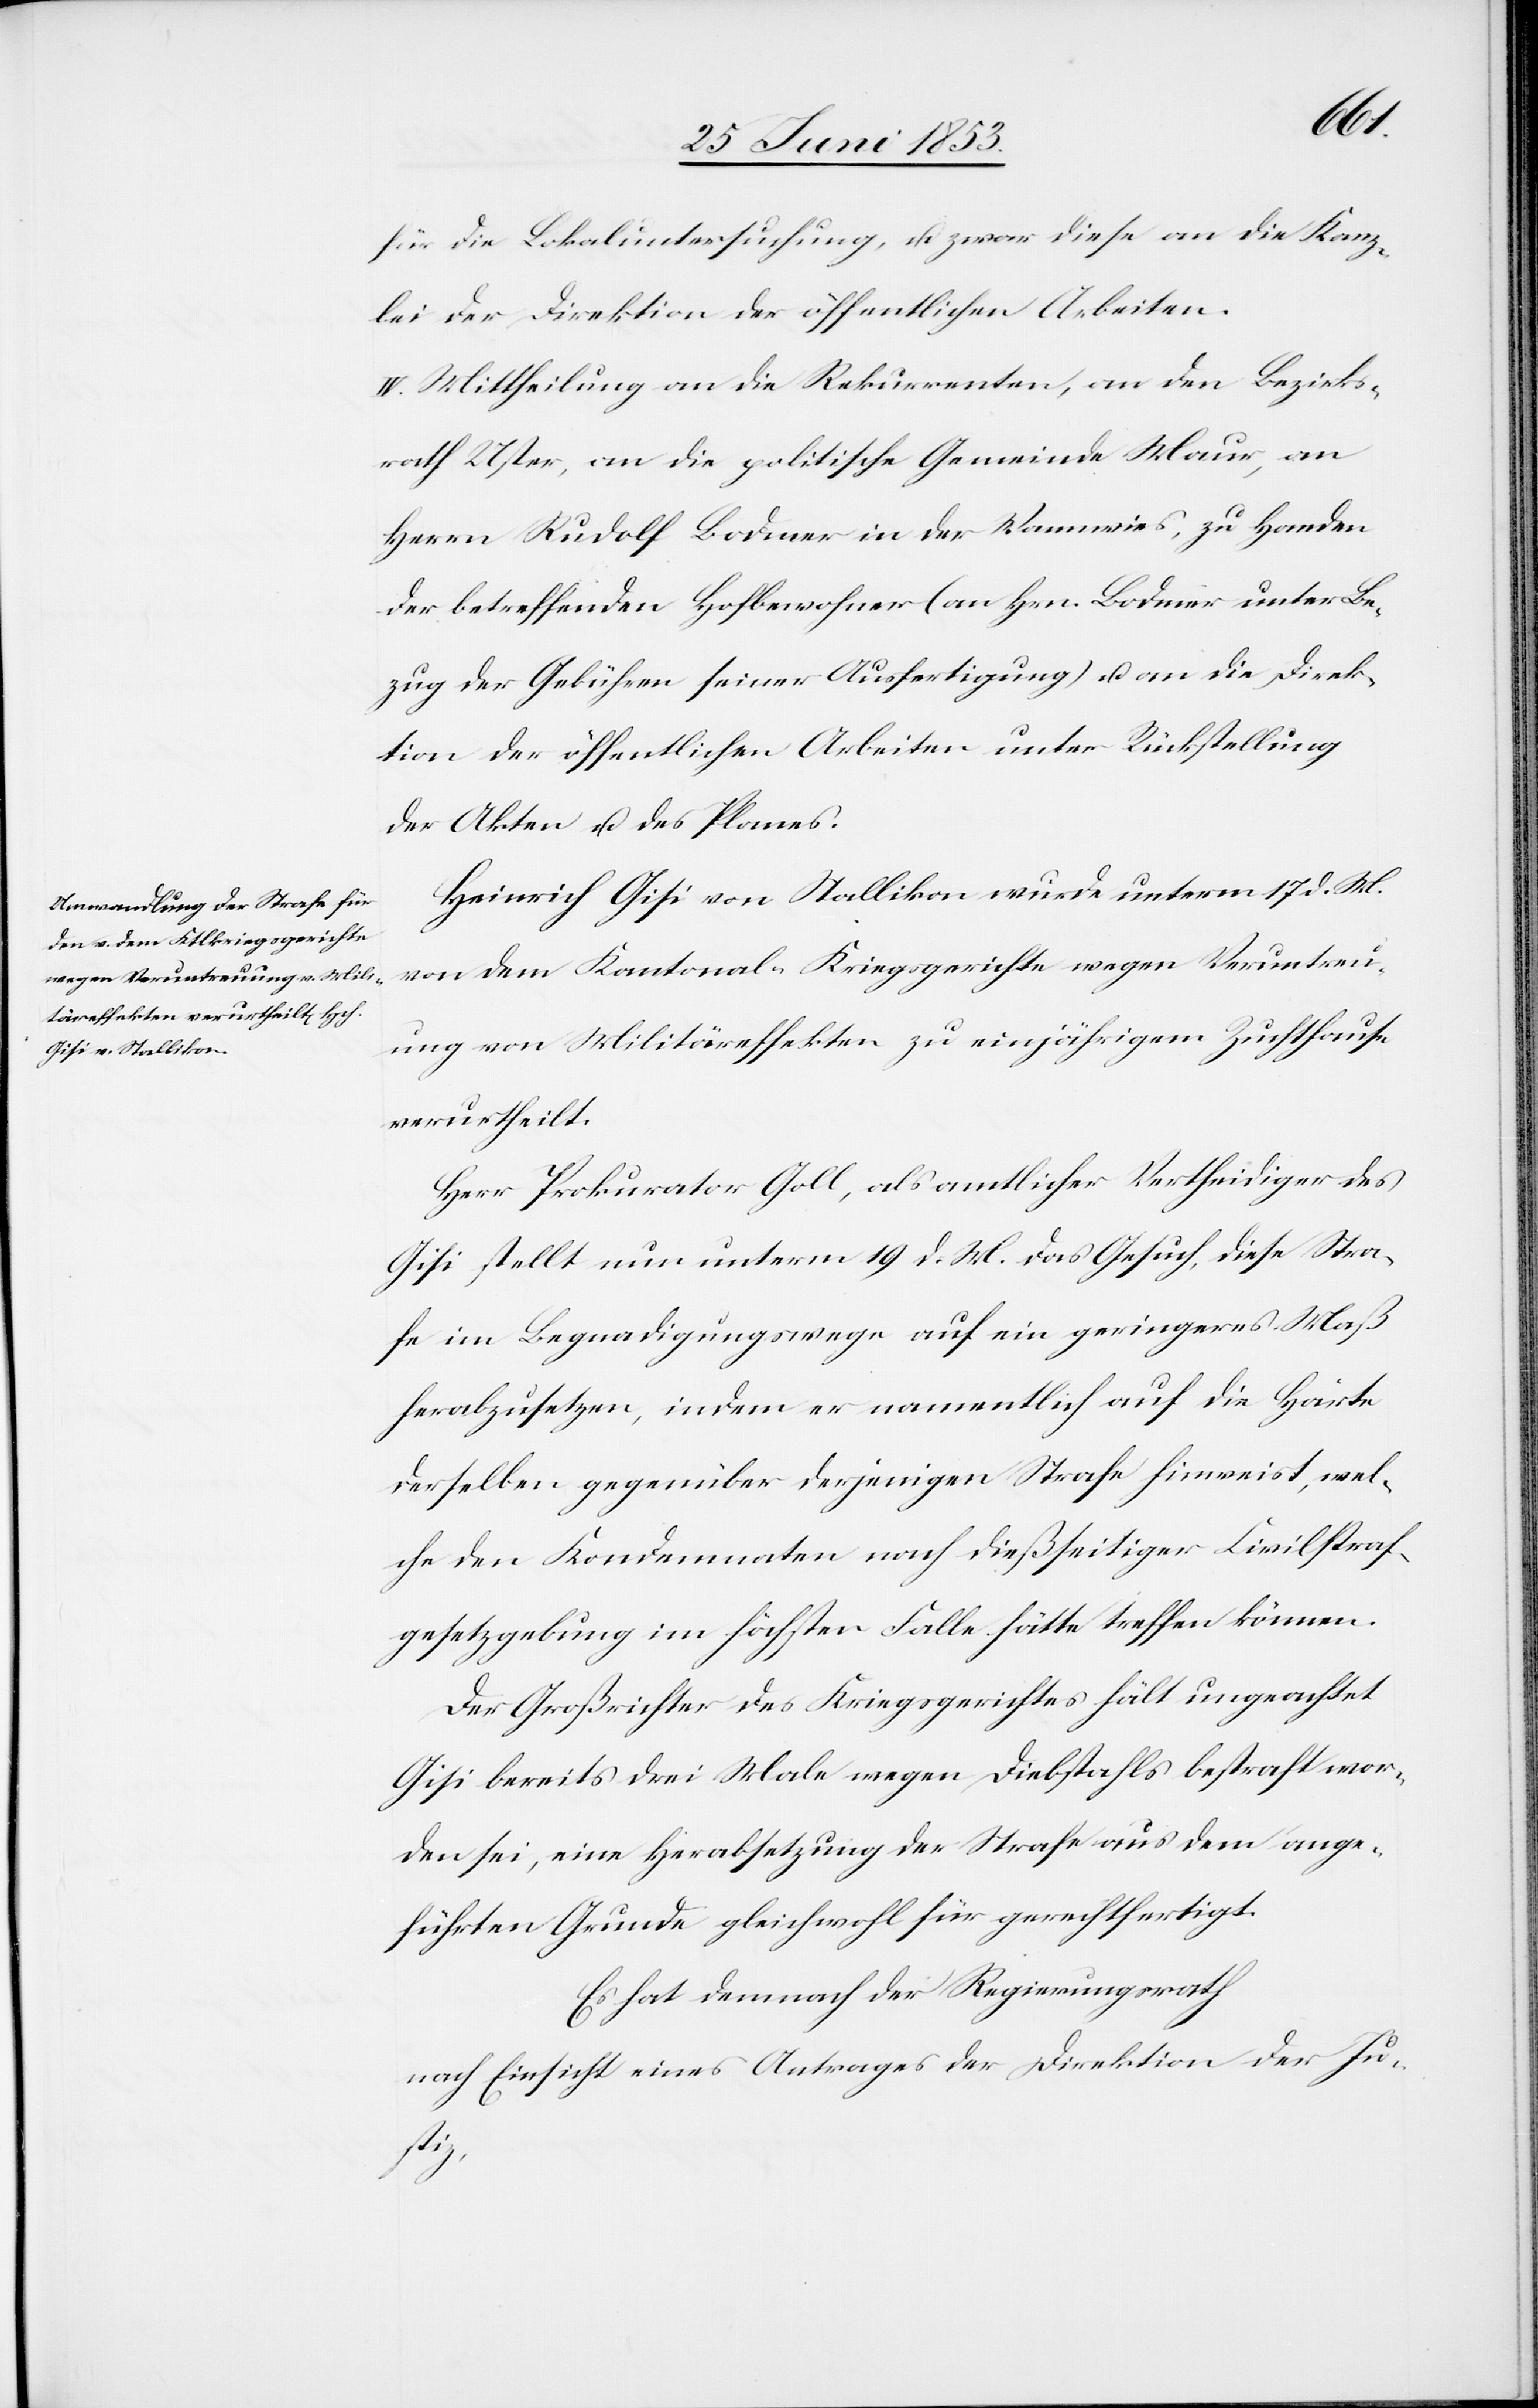
für die Lokaluntersuchung, u. zwar diese an die Kanz¬
lei der Direktion der öffentlichen Arbeiten.
IV. Mittheilung an die Rekurrenten, an den Bezirks¬
rath Uster, an die politische Gemeinde Maur, an
Herrn Rudolf Bodmer in der Wannwies, zu Handen
der betreffenden Hofbewohner (an Hrn. Bodmer unter Be¬
zug der Gebühren seiner Ausfertigung) u. an die Direk¬
tion der öffentlichen Arbeiten unter Rückstellung
der Akten u. des Planes.
Heinrich Gisi von Stallikon wurde unterm 17 d. M.
von dem Kantonal-Kriegsgerichte wegen Veruntreu¬
ung von Militäreffekten zu vierjährigem Zuchthause
verurtheilt.
Herr Prokurator Goll, als amtlicher Vertheidiger des
Gisi stellt nun unterm 19 d. M. das Gesuch, diese Stra¬
ße im Begnadigungswege auf ein geringeres Maß
herabzusetzen, indem er namentlich auf die Härte
derselben gegenüber derjenigen Strafe hinweist, wel¬
che den Kondemnaten nach dießseitiger Civilstraf¬
gesetzgebung im höchsten Falle hätte treffen können.
Der Großrichter des Kriegsgerichtes hält ungeachtet
Gisi bereits drei Male wegen Diebstahls bestraft wor¬
den sei, eine Herabsetzung der Strafe aus dem ange¬
führten Grunde gleichwohl für gerechtfertigt.
Es hat demnach der Regierungsrath
nach Einsicht eines Antrages der Direktion der Ju¬
stiz,